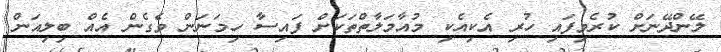
ލޭންދޭނަށް ކުރެވިފައި ހުރި އެކިއެކި މުއާމަލާތްތަކަށް ފައިސާ ހިމަނަން ވެގެން އެއް ބިލިއަން